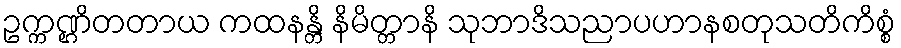
ဥက္ကဏ္ဌိတတာယ ကထနန္တိ နိမိတ္တာနိ သုဘာဒိသညာပဟာနစတုသတိကိစ္စံ